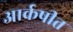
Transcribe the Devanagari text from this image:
आर्कषीत